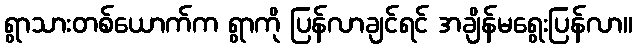
ရွာသားတစ်ယောက်က ရွာကို ပြန်လာချင်ရင် အချိန်မရွေးပြန်လာ။